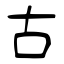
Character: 古